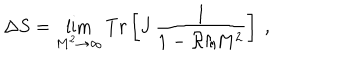
\Delta S = \lim _ { M ^ { 2 } \rightarrow \infty } T r \left[ J \, \frac { 1 } { 1 - { \cal R } / M ^ { 2 } } \right] \ ,